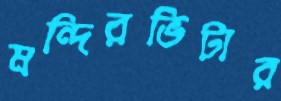
মন্দিরভিটার